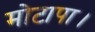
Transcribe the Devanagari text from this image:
मोटापा।